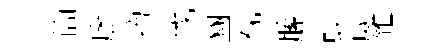
簡廖擅伐豳视縢蛟威雜